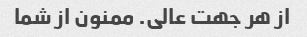
از هر جهت عالی. ممنون از شما